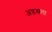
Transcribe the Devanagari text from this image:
अडसला